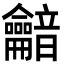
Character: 𪛏